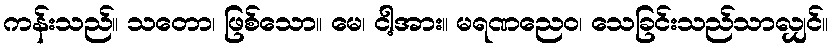
ကန်းသည်။ သတော၊ ဖြစ်သော။ မေ၊ ငါ့အား။ မရဏညေဝ၊ သေခြင်းသည်သာလျှင်။